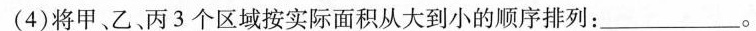
(4)将甲、乙丙3个区域按实际面积从大到小的顺序排列：___。